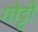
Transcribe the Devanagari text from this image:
गोट्टी